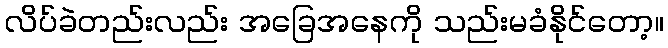
လိပ်ခဲတည်းလည်း အခြေအနေကို သည်းမခံနိုင်တော့။